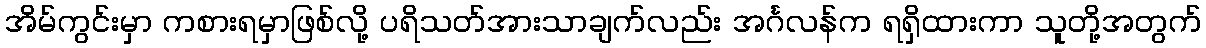
အိမ်ကွင်းမှာ ကစားရမှာဖြစ်လို့ ပရိသတ်အားသာချက်လည်း အင်္ဂလန်က ရရှိထားကာ သူတို့အတွက်